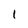
Character: 1